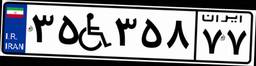
۷۰W۹۱۱۷۵